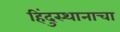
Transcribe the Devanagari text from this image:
हिंदुस्थानाचा